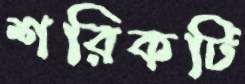
শরিকটি